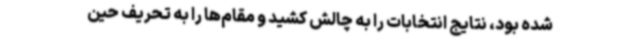
شده بود، نتایج انتخابات را به چالش کشید و مقام‌ها را به تحریف حین